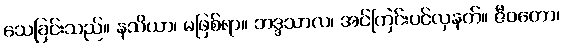
သေခြင်းသည်။ နသိယာ၊ မဖြစ်ရာ။ ဘဒ္ဒသာလ၊ အင်ကြင်းပင်လှနတ်။ ဇီဝတော၊